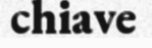
chiave